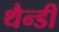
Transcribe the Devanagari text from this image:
थैन्डी